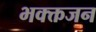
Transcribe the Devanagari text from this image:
भक्क्तजन